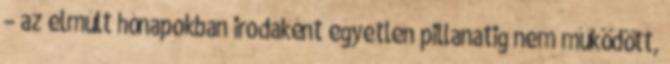
– az elmúlt hónapokban irodaként egyetlen pillanatig nem működött,